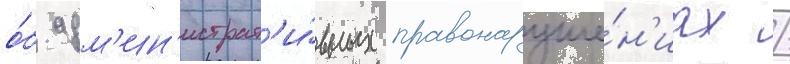
о́б адм'ин'истрат'и́вных правонаруше́н'иах /